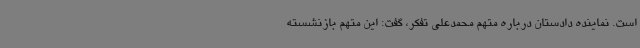
است. نماینده دادستان درباره متهم محمدعلی تفکر، گفت: این متهم بازنشسته